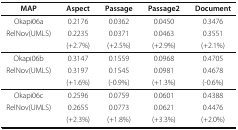
<table><thead><tr><td><b>MAP</b></td><td><b>Aspect</b></td><td><b>Passage</b></td><td><b>Passage2</b></td><td><b>Document</b></td></tr></thead><tbody><tr><td>Okapi06a</td><td>0.2176</td><td>0.0362</td><td>0.0450</td><td>0.3476</td></tr><tr><td>RelNov(UMLS)</td><td>0.2235</td><td>0.0371</td><td>0.0463</td><td>0.3551</td></tr><tr><td></td><td>(+2.7%)</td><td>(+2.5%)</td><td>(+2.9%)</td><td>(+2.1%)</td></tr><tr><td>Okapi06b</td><td>0.3147</td><td>0.1559</td><td>0.0968</td><td>0.4705</td></tr><tr><td>RelNov(UMLS)</td><td>0.3197</td><td>0.1545</td><td>0.0981</td><td>0.4678</td></tr><tr><td></td><td>(+1.6%)</td><td>(-0.9%)</td><td>(+1.3%)</td><td>(-0.6%)</td></tr><tr><td>Okapi06c</td><td>0.2596</td><td>0.0759</td><td>0.0601</td><td>0.4388</td></tr><tr><td>RelNov(UMLS)</td><td>0.2655</td><td>0.0773</td><td>0.0621</td><td>0.4476</td></tr><tr><td></td><td>(+2.3%)</td><td>(+1.8%)</td><td>(+3.3%)</td><td>(+2.0%)</td></tr></tbody></table>